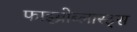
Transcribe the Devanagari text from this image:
फाइब्रोब्लास्ट्स